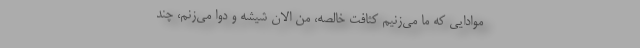
موادایی که ما می‌زنیم کثافت خالصه، من الان شیشه و دوا می‌زنم، چند